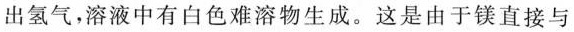
出氢气，溶液中有白色难溶物生成。这是由于镁直接与